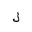
Letter: _lam